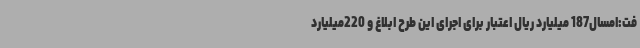
فت:امسال187 میلیارد ریال اعتبار برای اجرای این طرح ابلاغ و 220میلیارد